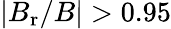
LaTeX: \vert B_{\mathrm{r}}/B\vert>0.95